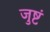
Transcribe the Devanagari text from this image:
जुष्टं